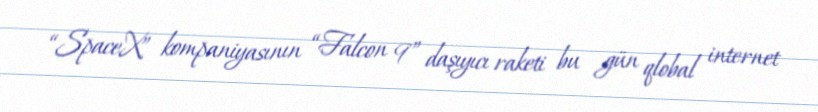
“SpaceX” kompaniyasının “Falcon 9” daşıyıcı raketi bu gün qlobal internet